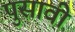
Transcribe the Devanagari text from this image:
पुसावी